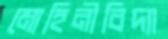
মোহিনীবিদ্যা